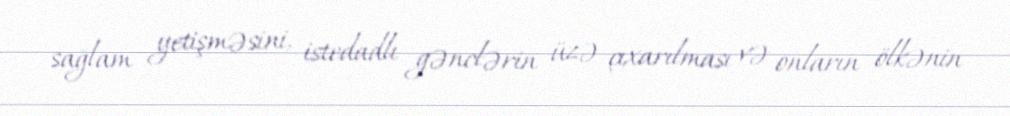
sağlam yetişməsini, istedadlı gənclərin üzə çıxarılması və onların ölkənin